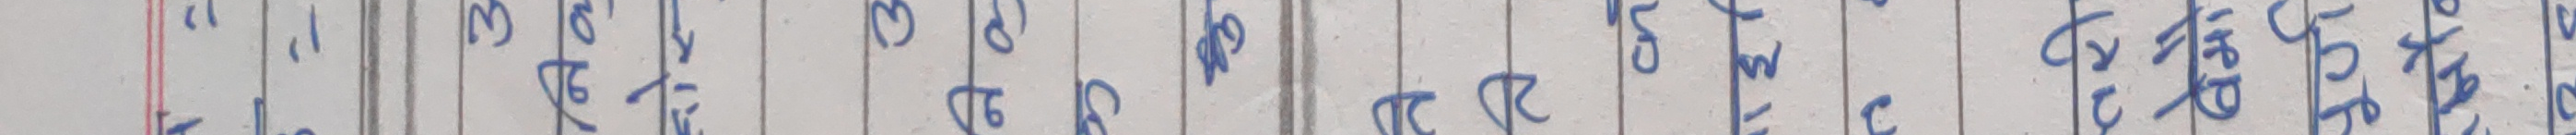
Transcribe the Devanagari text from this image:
हुन्छ ।